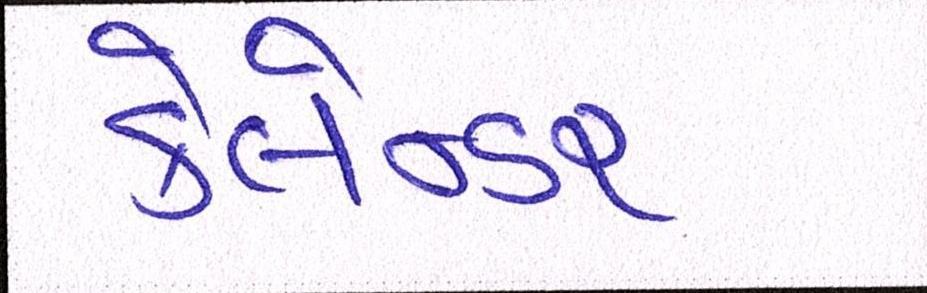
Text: કેલેન્ડર